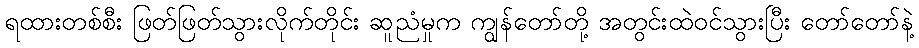
ရထားတစ်စီး ဖြတ်ဖြတ်သွားလိုက်တိုင်း ဆူညံမှုက ကျွန်တော်တို့ အတွင်းထဲဝင်သွားပြီး တော်တော်နဲ့